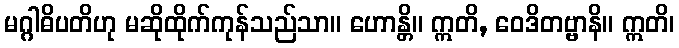
မဂ္ဂါဓိပတိဟု မဆိုထိုက်ကုန်သည်သာ။ ဟောန္တိ။ ဣတိ, ဝေဒိတဗ္ဗာနိ။ ဣတိ၊